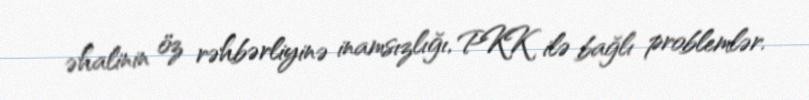
əhalinin öz rəhbərliyinə inamsızlığı, PKK ilə bağlı problemlər.